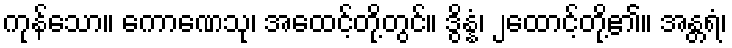
ကုန်သော။ ကောဏေသု၊ အထေင့်တို့တွင်။ ဒွိန္နံ၊ ၂ထောင့်တို့၏။ အန္တရံ၊